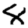
Digit: 8